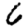
Digit: 6